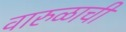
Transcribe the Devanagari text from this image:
वारुळाची